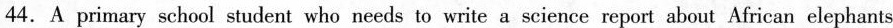
44. A primary school student who needs to write a science report about African elephants